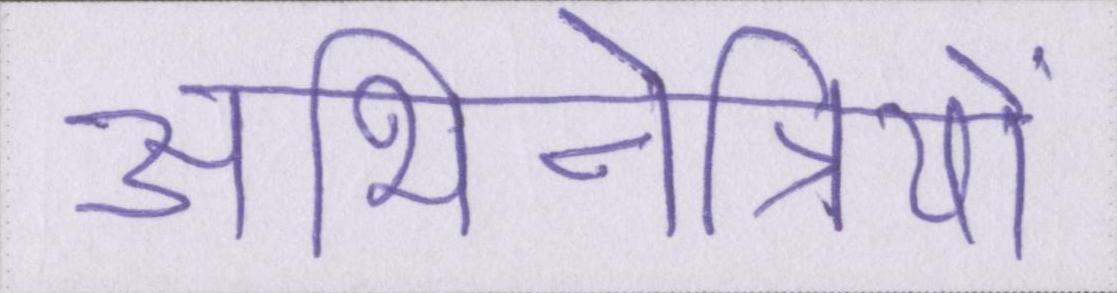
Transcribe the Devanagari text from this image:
अभिनेत्रियों